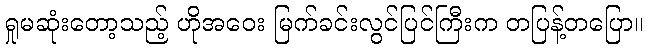
ရှုမဆုံးတော့သည့် ဟိုအဝေး မြက်ခင်းလွင်ပြင်ကြီးက တပြန့်တပြော။